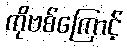
ကိုဗစ်ကြောင့်